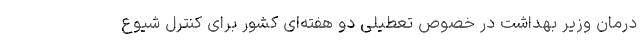
درمان وزیر بهداشت در خصوص تعطیلی دو هفته‌ای کشور برای کنترل شیوع